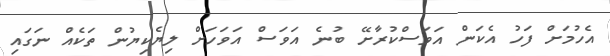
އެހުމަށް ފަހު އެކަން އަވަސްކުރާށޭ ބުނެ އަވަސް އަވަހަށް ލިޔެކިޔުން ތަކެއް ނަގައި